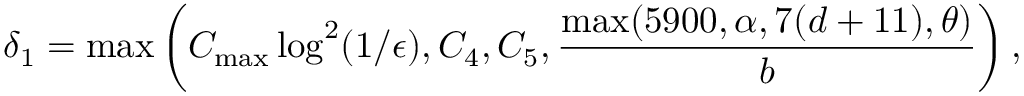
\delta _ { 1 } = \operatorname* { m a x } \left( C _ { \mathrm { m a x } } \log ^ { 2 } ( 1 / \epsilon ) , C _ { 4 } , C _ { 5 } , \frac { \operatorname* { m a x } ( 5 9 0 0 , \alpha , 7 ( d + 1 1 ) , \theta ) } { b } \right) ,